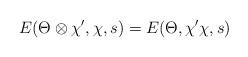
LaTeX: \begin{align*}E(\Theta\otimes \chi^{\prime},\chi,s)=E(\Theta,\chi^{\prime}\chi,s)\end{align*}